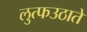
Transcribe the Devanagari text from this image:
लुत्फउठाते